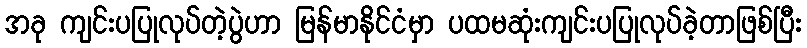
အခု ကျင်းပပြုလုပ်တဲ့ပွဲဟာ မြန်မာနိုင်ငံမှာ ပထမဆုံးကျင်းပပြုလုပ်ခဲ့တာဖြစ်ပြီး